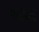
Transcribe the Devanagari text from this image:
मारीचाने